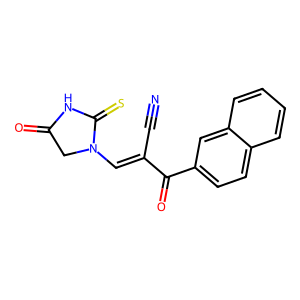
SMILES: N#CC(=CN1CC(=O)NC1=S)C(=O)c1ccc2ccccc2c1
Inhibits HIV replication: No